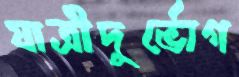
যাত্রীদুর্ভোগ